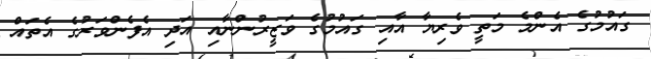
ގައުމުގެ އެންމެ މަތީ ވެރިޔާ އާއި ގައުމުގެ ވަޒީރުންނާއި އަދި އެފެންވަރުގެ އެތައް